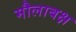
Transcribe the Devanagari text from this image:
मौलाबक्ष